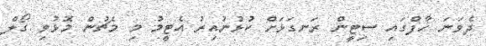
ދެވަނަ ހާފްގައި ސިޓީން ރަނގަޅަށް ކުޅުނުއިރު އެޓީމު މި މެޗުން މޮޅުވި ގޯލް